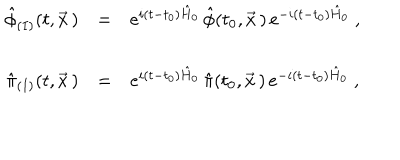
LaTeX: \begin{array} { r c l } { { \hat { \phi } _ { ( I ) } ( t , \vec { x } \, ) } } & { { = } } & { { e ^ { i ( t - t _ { 0 } ) \hat { H } _ { 0 } } \, \hat { \phi } ( t _ { 0 } , \vec { x } \, ) \, e ^ { - i ( t - t _ { 0 } ) \hat { H } _ { 0 } } \ , } } \\ { { } } & { { } } & { { } } \\ { { \hat { \pi } _ { ( I ) } ( t , \vec { x } \, ) } } & { { = } } & { { e ^ { i ( t - t _ { 0 } ) \hat { H } _ { 0 } } \, \hat { \pi } ( t _ { 0 } , \vec { x } \, ) \, e ^ { - i ( t - t _ { 0 } ) \hat { H } _ { 0 } } \ , } } \\ \end{array}